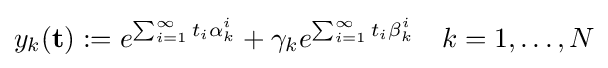
y_{k}({\bf {t}}):=e^{\sum _{i=1}^{\infty }t_{i}\alpha _{k}^{i}}+\gamma _{k}e^{\sum _{i=1}^{\infty }t_{i}\beta _{k}^{i}}\quad k=1,\dots ,N